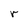
Character: r